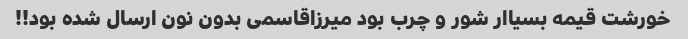
خورشت قیمه بسیاار شور و چرب بود میرزاقاسمی بدون نون ارسال شده بود!!